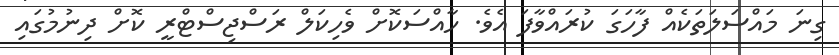
ގިނަ މައްސަލަތަކެއް ފާހަގަ ކުރައްވާފަ އެވެ. ހާއްސަކޮށް ވެހިކަލް ރަސްޖިސްޓްރީ ކޮށް ދިނުމުގައި